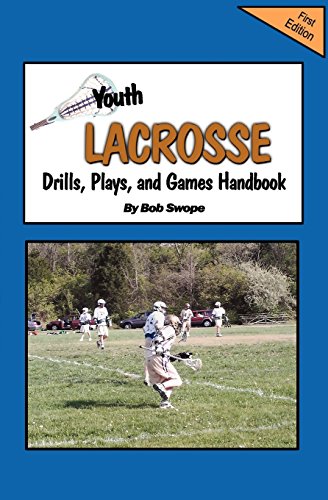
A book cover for Youth Lacrosse Drills, Plays, and Games Handbook; Bob Swope; Sports & Outdoors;